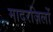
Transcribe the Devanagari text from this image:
मादरज़िलों